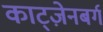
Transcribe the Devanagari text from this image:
काट्ज़ेनबर्ग